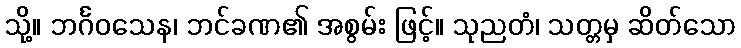
သို့။ ဘင်္ဂဝသေန၊ ဘင်ခဏ၏ အစွမ်း ဖြင့်။ သုညတံ၊ သတ္တမှ ဆိတ်သော